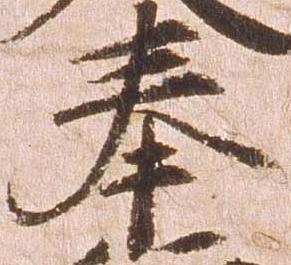
奉